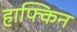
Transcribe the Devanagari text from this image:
हाफ्किन